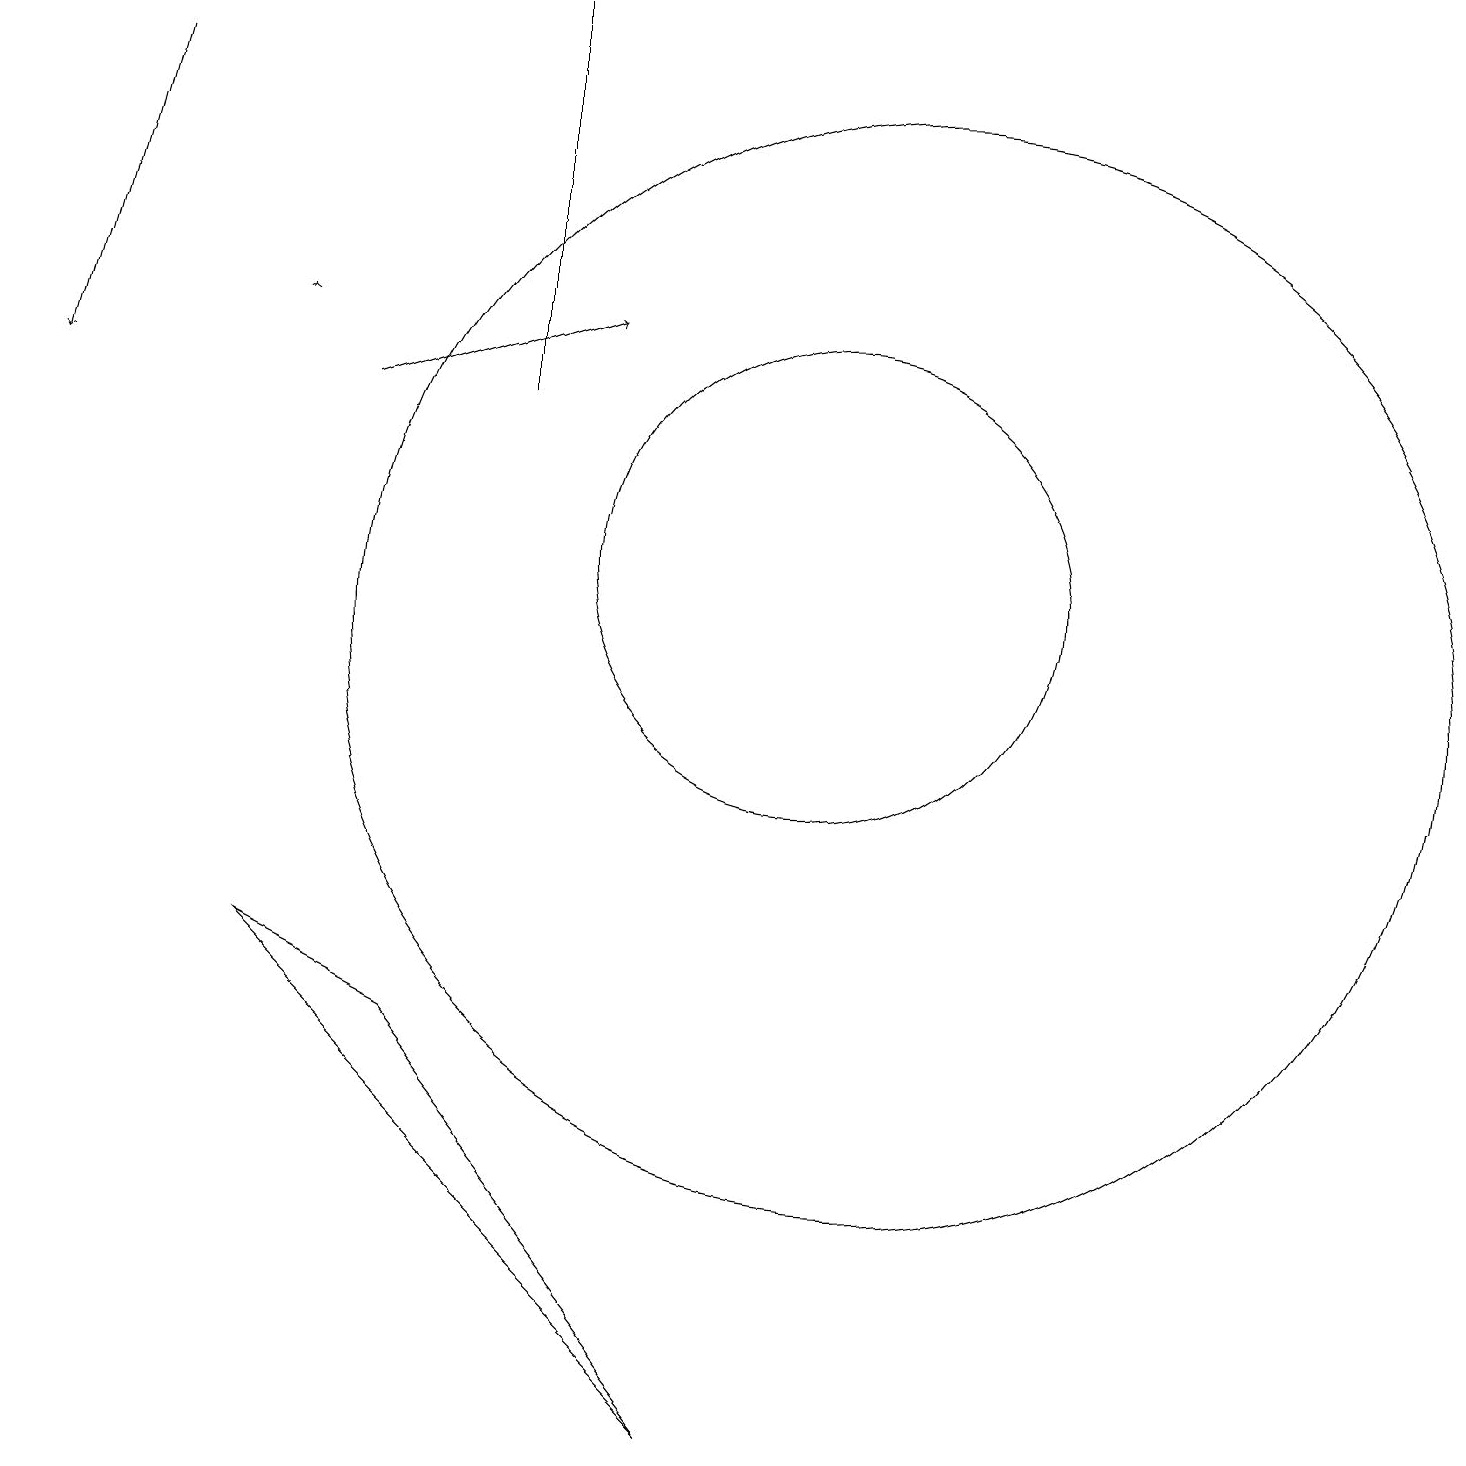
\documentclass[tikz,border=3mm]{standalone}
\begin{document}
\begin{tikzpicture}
\draw (9,0) -- (5,5) -- (3,6) -- cycle;
\draw[->] (4,13) -- (7,14);
\draw[->] (1,17) -- (0,13);
\draw (11,10) circle (7);
\draw (10,11) circle (3);
\draw (6,13) rectangle (6,18);
\draw[->] (3,14) -- (3,14);
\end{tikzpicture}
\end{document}